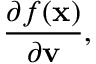
{ \frac { \partial { f ( \mathbf { x } ) } } { \partial { \mathbf { v } } } } ,